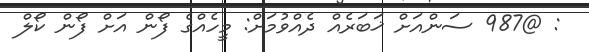
: @987 ސަންއަށް ޚަބަރެއް ދެއްވުމަށް: މީހެއްގެ ފޯން އަށް ފޯން ކޯލް